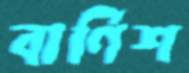
বার্ণিশ